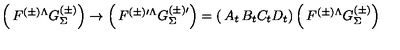
\left( \begin{matrix} { F ^ { ( \pm ) \Lambda } } \\ { G _ { \Sigma } ^ { ( \pm ) } } \\ \end{matrix} \right) \rightarrow \left( \begin{matrix} { F ^ { ( \pm ) \prime \Lambda } } \\ { G _ { \Sigma } ^ { ( \pm ) \prime } } \\ \end{matrix} \right) = \left( \begin{matrix} { A _ { t } } & { B _ { t } } \\ { C _ { t } } & { D _ { t } } \\ \end{matrix} \right) \left( \begin{matrix} { F ^ { ( \pm ) \Lambda } } \\ { G _ { \Sigma } ^ { ( \pm ) } } \\ \end{matrix} \right)